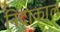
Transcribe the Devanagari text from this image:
निंद्राकाल